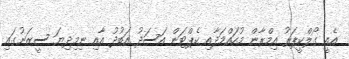
އެއީ ގޯލްކީޕަރު އިމްރާން މުހައްމަދާއި ކެޕްޓަން އަސަދު އަބުދު އާއި ނިމިދިޔަ ސީޒަނުގައި